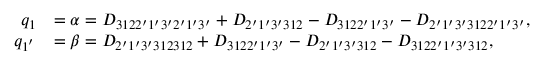
\begin{array} { r l } { q _ { 1 } } & { = \alpha = { D _ { 3 1 2 2 ^ { \prime } 1 ^ { \prime } 3 ^ { \prime } 2 ^ { \prime } 1 ^ { \prime } 3 ^ { \prime } } } + { D _ { 2 ^ { \prime } 1 ^ { \prime } 3 ^ { \prime } 3 1 2 } } - { D _ { 3 1 2 2 ^ { \prime } 1 ^ { \prime } 3 ^ { \prime } } } - { D _ { 2 ^ { \prime } 1 ^ { \prime } 3 ^ { \prime } 3 1 2 2 ^ { \prime } 1 ^ { \prime } 3 ^ { \prime } } } , } \\ { q _ { 1 ^ { ' } } } & { = \beta = { D _ { 2 ^ { \prime } 1 ^ { \prime } 3 ^ { \prime } 3 1 2 3 1 2 } } + { D _ { 3 1 2 2 ^ { \prime } 1 ^ { \prime } 3 ^ { \prime } } } - { D _ { 2 ^ { \prime } 1 ^ { \prime } 3 ^ { \prime } 3 1 2 } } - { D _ { 3 1 2 2 ^ { \prime } 1 ^ { \prime } 3 ^ { \prime } 3 1 2 } } , } \end{array}